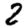
Digit: 2